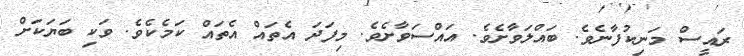
ރައީސް މަނިކުފާނެވެ. ބައްލަވާށެވެ. އައްސަވާށެވެ. މިފަދަ އެތައް އެތައް ކަމެކެވެ. ވަކި ބަޔަކަށް